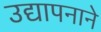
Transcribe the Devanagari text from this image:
उद्यापनाने